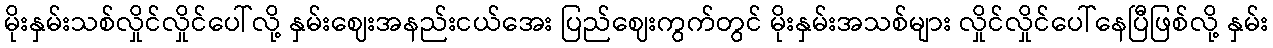
မိုးနှမ်းသစ်လှိုင်လှိုင်ပေါ်လို့ နှမ်းဈေးအနည်းငယ်အေး ပြည်ဈေးကွက်တွင် မိုးနှမ်းအသစ်များ လှိုင်လှိုင်ပေါ်နေပြီဖြစ်လို့ နှမ်း